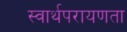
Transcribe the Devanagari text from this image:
स्वार्थपरायणता